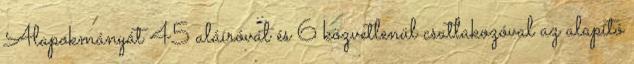
Alapokmányát 45 aláíróval és 6 közvetlenül csatlakozóval az alapító